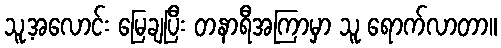
သူ့အလောင်း မြေချပြီး တနာရီအကြာမှာ သူ ရောက်လာတာ။